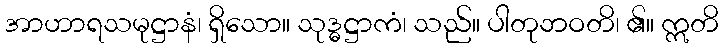
အာဟာရသမုဋ္ဌာနံ၊ ရှိသော။ သုဒ္ဓဋ္ဌာကံ၊ သည်။ ပါတုဘဝတိ၊ ၏။ ဣတိ